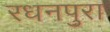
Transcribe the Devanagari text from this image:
रधनपुरा